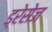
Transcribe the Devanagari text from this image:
ड्रेसेज